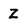
Character: Z